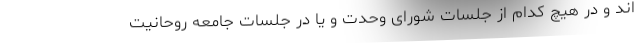
اند و در هیچ کدام از جلسات شورای وحدت و یا در جلسات جامعه روحانیت